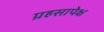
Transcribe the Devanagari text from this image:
ग्रहसापेक्ष